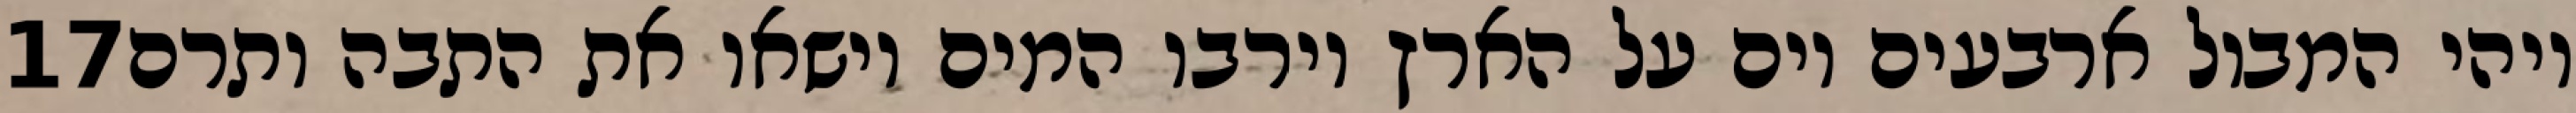
‎17‏ ויהי המבול ארבעים יום על הארץ וירבו המים וישאו את התבה ותרם